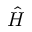
\hat { H }